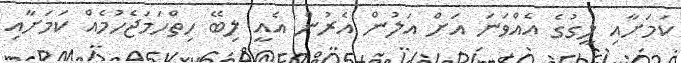
ކަމަށާއި ލީގުގެ އެއްވަނަ އަށް އަލުން އެރުން އެއީ ލިބޭ ހިތްހަމަޖެހުމެއް ކަމަށާއި